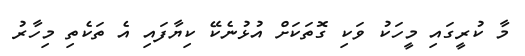
މާ ކުރީގައި މީހަކު ވަކި ގޮތަކަށް އުޅުނެކޭ ކިޔާފައި އެ ތަކެތި މިހާރު